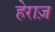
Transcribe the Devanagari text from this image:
हेराज़